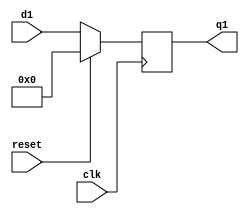
module dflipflop2(d1,q1,clk,reset);
input [33:0]d1;
input clk,reset;
output reg [33:0]q1;
//reg q1;
always@(posedge clk)
begin
if(reset==1'b1)                                  
	q1<=34'b0;
else
	q1<=d1;
end
endmodule